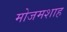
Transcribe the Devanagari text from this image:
मोजमशाह